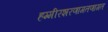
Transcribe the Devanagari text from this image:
हम्मीरशरणागतणागत